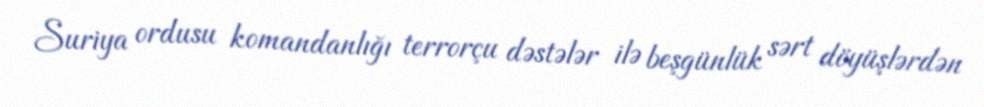
Suriya ordusu komandanlığı terrorçu dəstələr ilə beşgünlük sərt döyüşlərdən